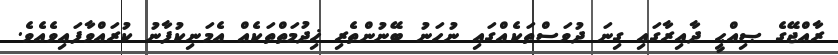
ރާއްޖޭގެ ޞިއްޙީ ދާއިރާގައި ގިނަ ދުވަސްތަކެއްގައި ނުހަނު ބޭނުންތެރި ޚިދުމަތްތަކެއް އެމަނިކުފާނު ކުރައްވާފައިވެއެވެ.